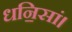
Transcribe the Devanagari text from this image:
धनि॒सां।